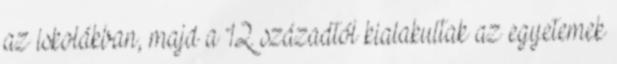
az iskolákban, majd a 12. századtól kialakultak az egyetemek